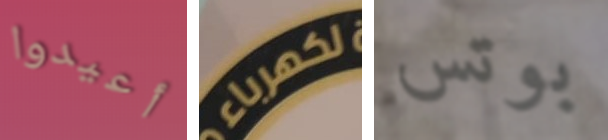
أعيدوا لكهرباء بوتس